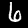
Label: 6